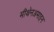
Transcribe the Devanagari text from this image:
मीथेनअमाइन